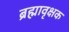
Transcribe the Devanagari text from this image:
ब्रह्मावृक्षक